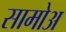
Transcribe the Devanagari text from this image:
सामोअ